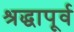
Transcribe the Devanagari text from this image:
श्रद्धापूर्व